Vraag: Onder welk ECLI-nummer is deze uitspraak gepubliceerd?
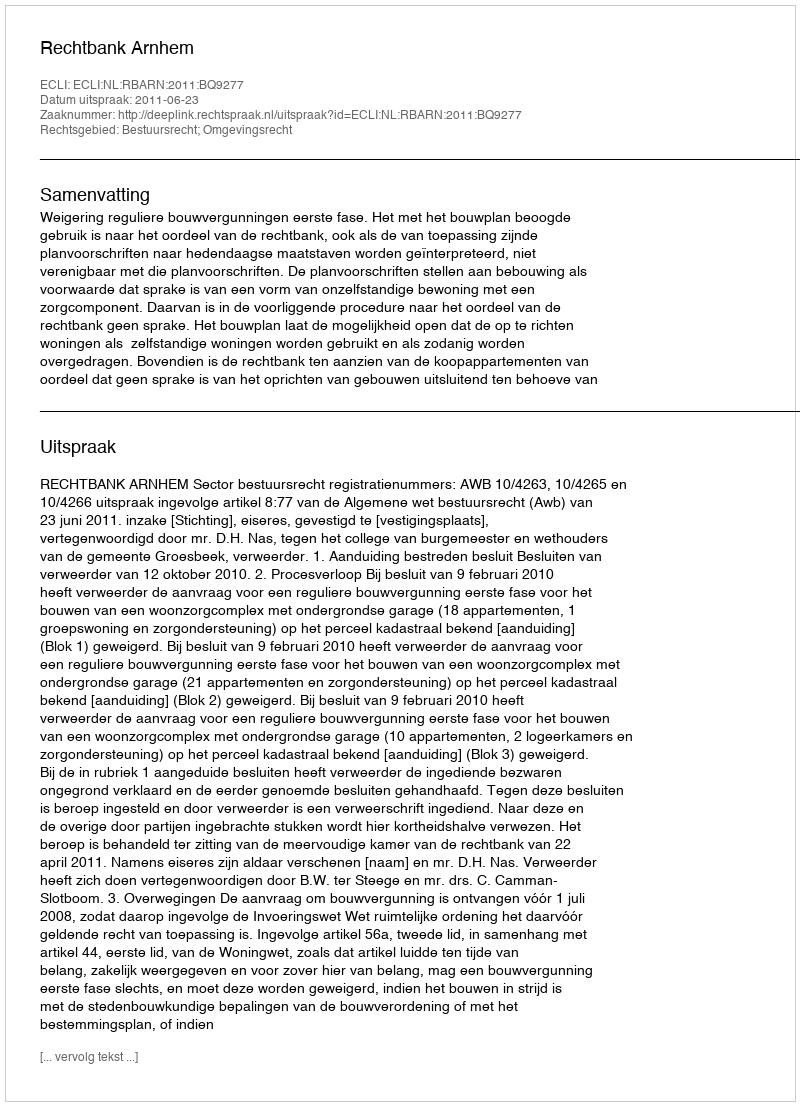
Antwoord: ECLI:NL:RBARN:2011:BQ9277